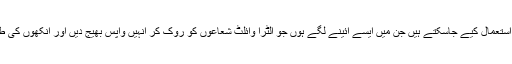
ایسے چشمے بھی استعمال کیے جاسکتے ہیں جن میں ایسے آئینے لگے ہوں جو الٹرا وائلٹ شعاعوں کو روک کر انہیں واپس بھیج دیں اور آنکھوں کی طرف نہ جانے دیں۔